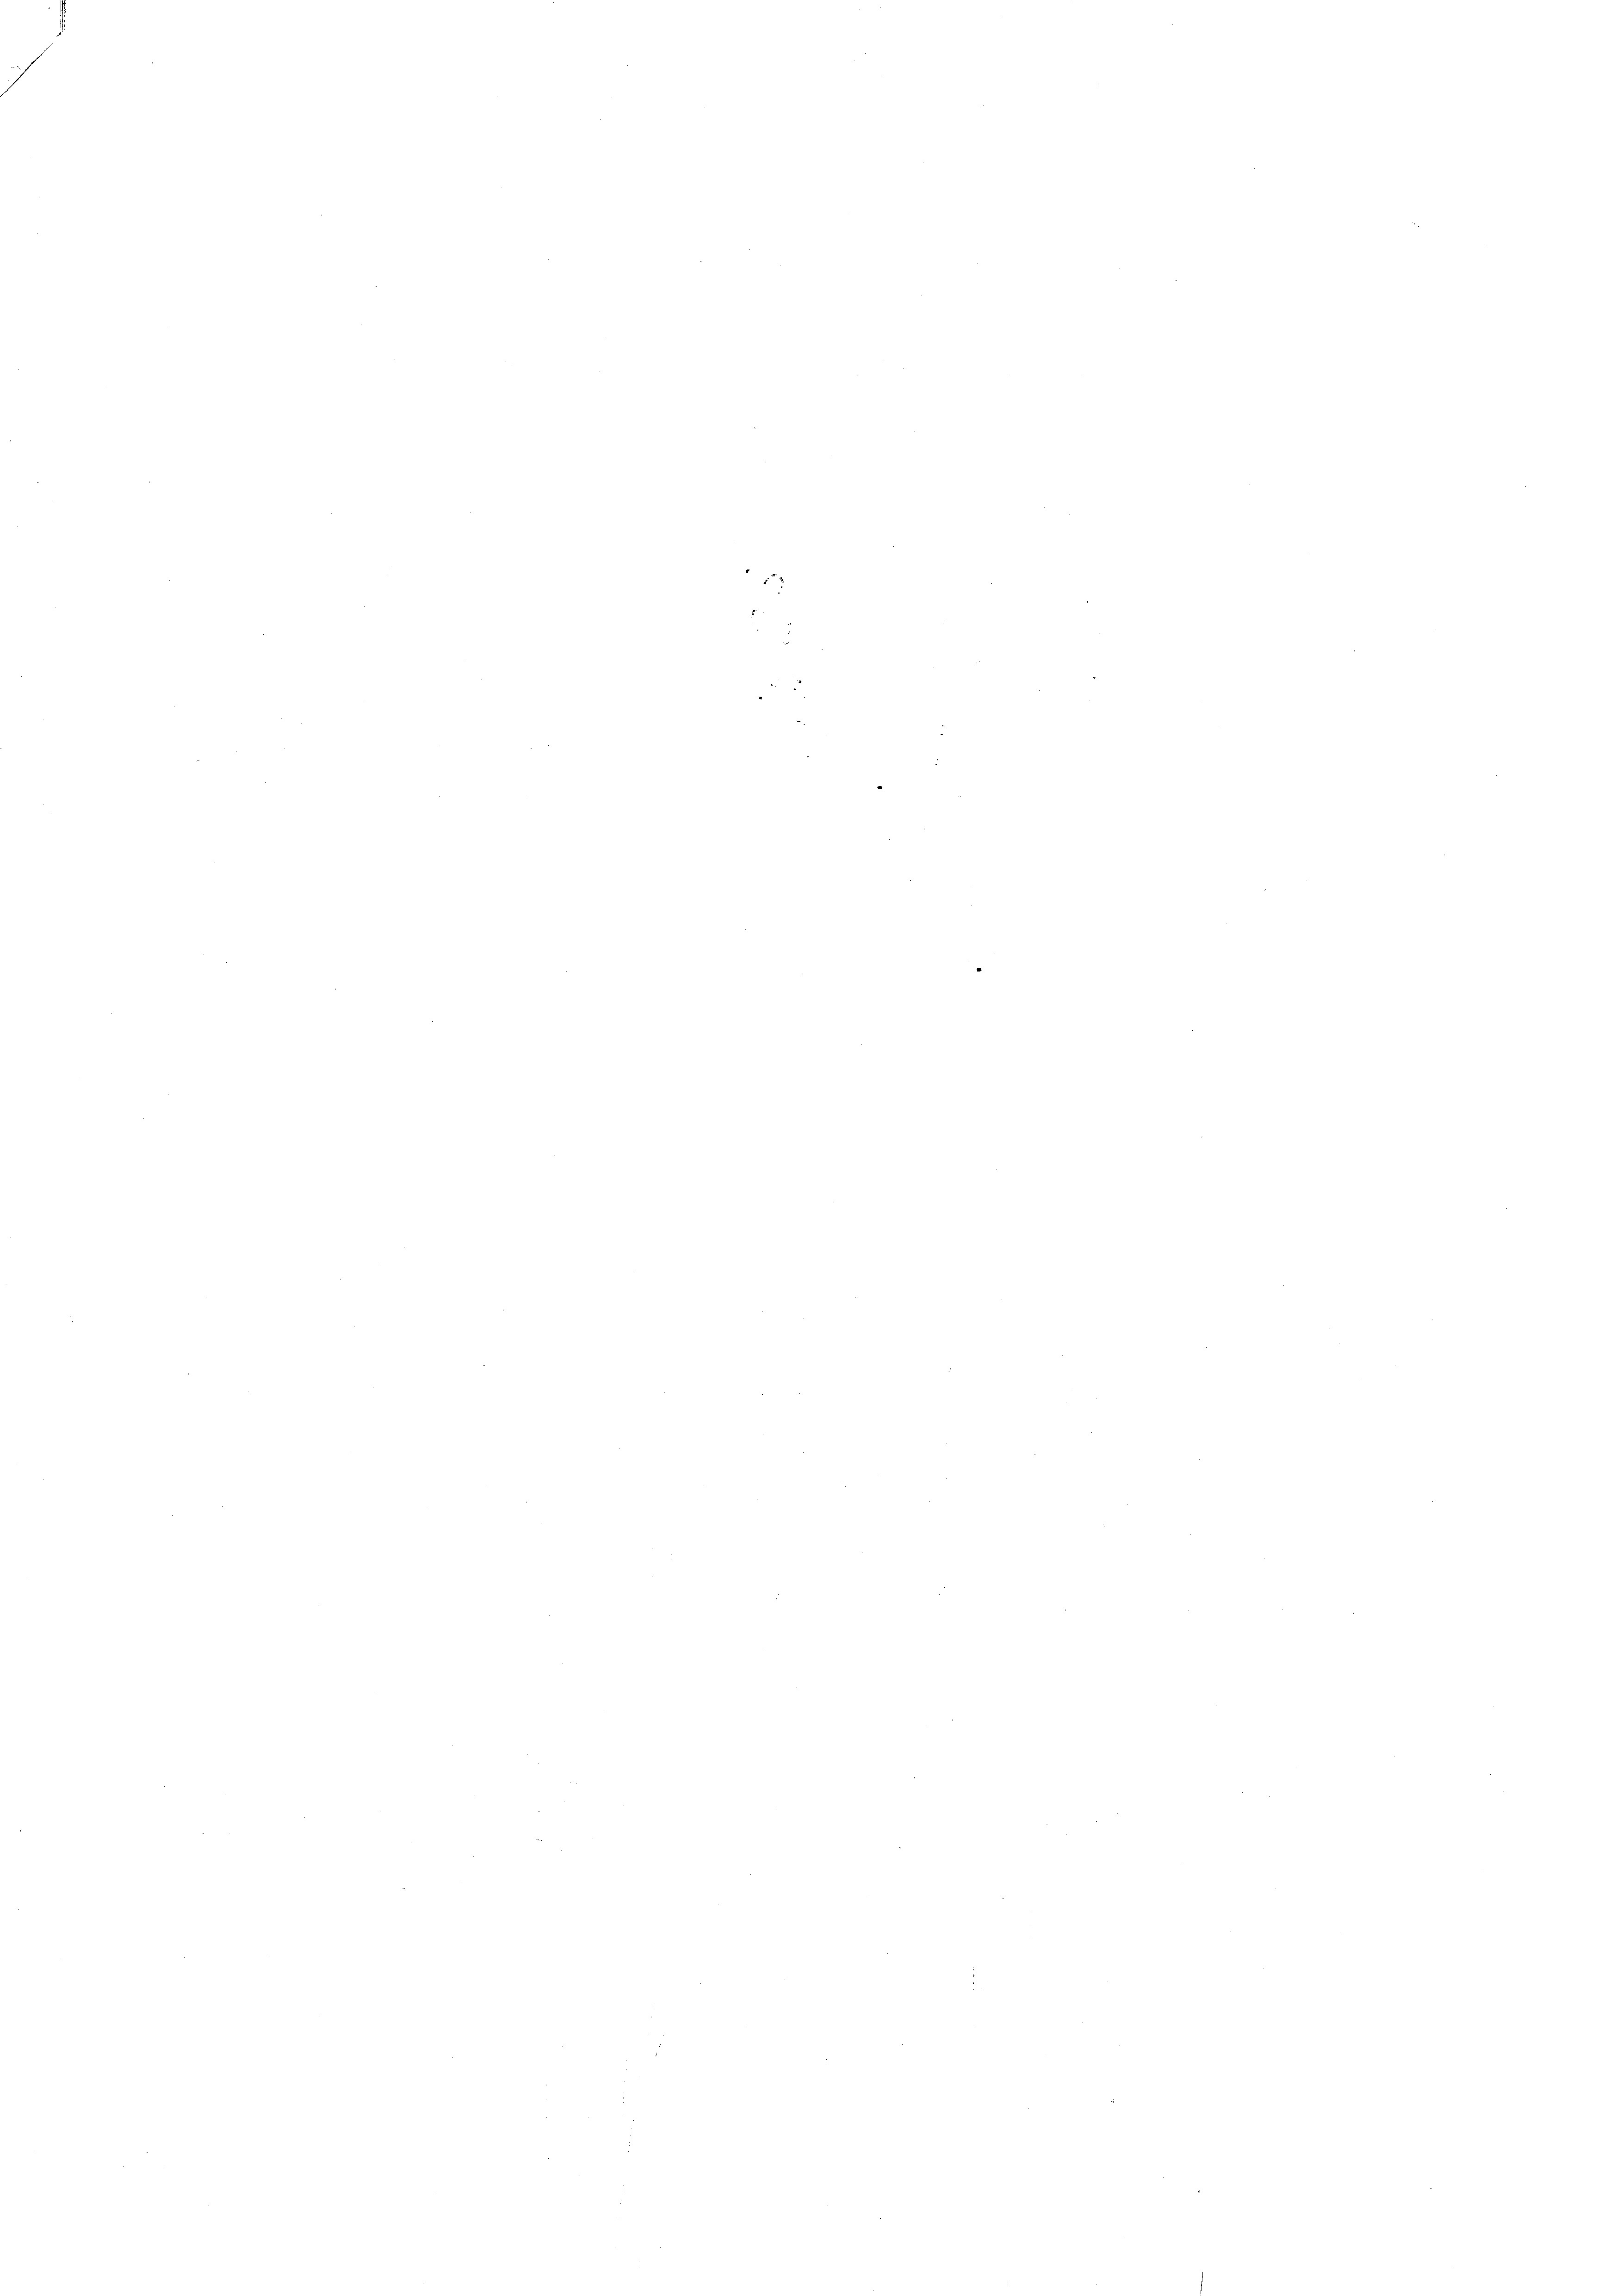
1

.

¬

e

d

e

e

e
e
u
e
¬
¬

¬

.
e
¬

e

e

e

e
e
e

e
.

d

e
e

e
e

n

e
e
e
e
e

e
e

e

e
.

e

e

e

e

e

e

e

e

e

e

e

e

e